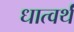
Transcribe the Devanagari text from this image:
धात्वर्थं